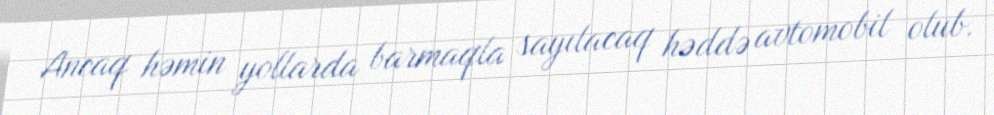
Ancaq həmin yollarda barmaqla sayılacaq həddə avtomobil olub.